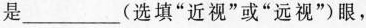
是___(选填”近视”或”远视”)眼，